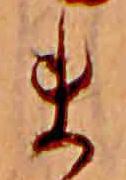
ま